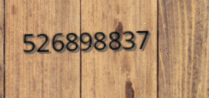
526898837